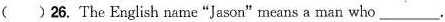
( )26. The English name "Jason"means a man who ___.